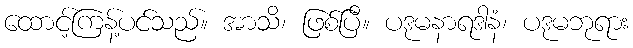
ထောင့်ကြန့်ပင်သည်။ အာသိ၊ ဖြစ်ပြီ။ ပဒုမနာရဒါနံ၊ ပဒုမဘုရား